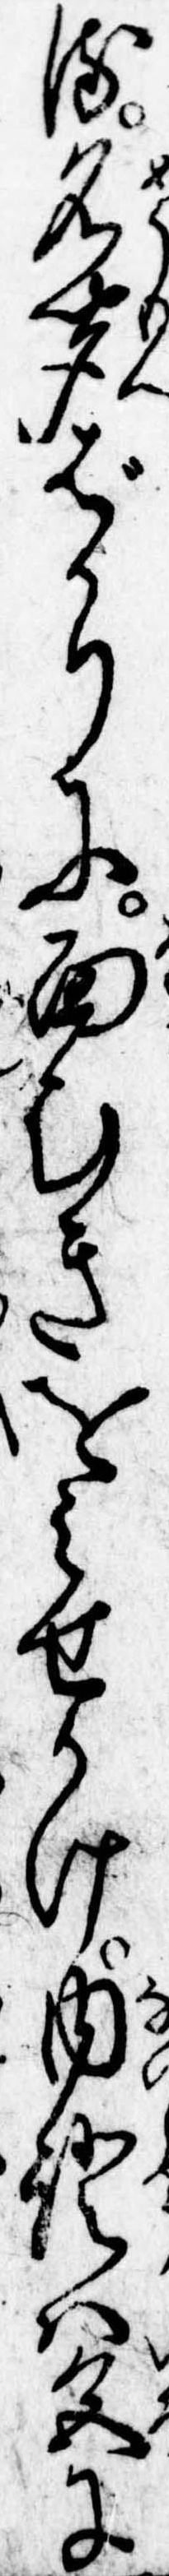
る名聞ばかりに面むきをみせかけ内証は色に